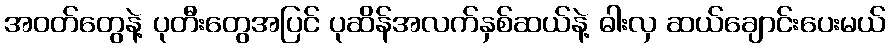
အဝတ်တွေနဲ့ ပုတီးတွေအပြင် ပုဆိန်အလက်နှစ်ဆယ်နဲ့ ဓါးလှ ဆယ်ချောင်းပေးမယ်